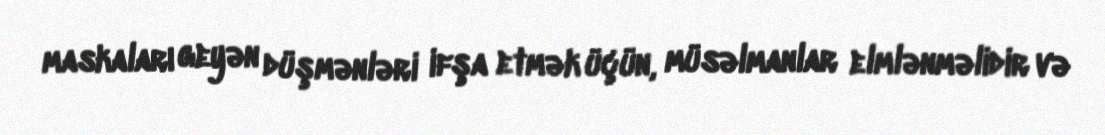
maskaları geyən düşmənləri ifşa etmək üçün, müsəlmanlar elmlənməlidir və